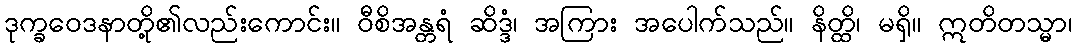
ဒုက္ခဝေဒနာတို့၏လည်းကောင်း။ ဝီစိအန္တရံ ဆိဒ္ဒံ၊ အကြား အပေါက်သည်။ နိတ္ထိ၊ မရှိ။ ဣတိတသ္မာ၊